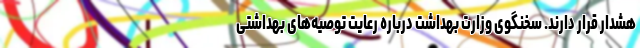
هشدار قرار دارند. سخنگوی وزارت بهداشت درباره رعایت توصیه‌های بهداشتی